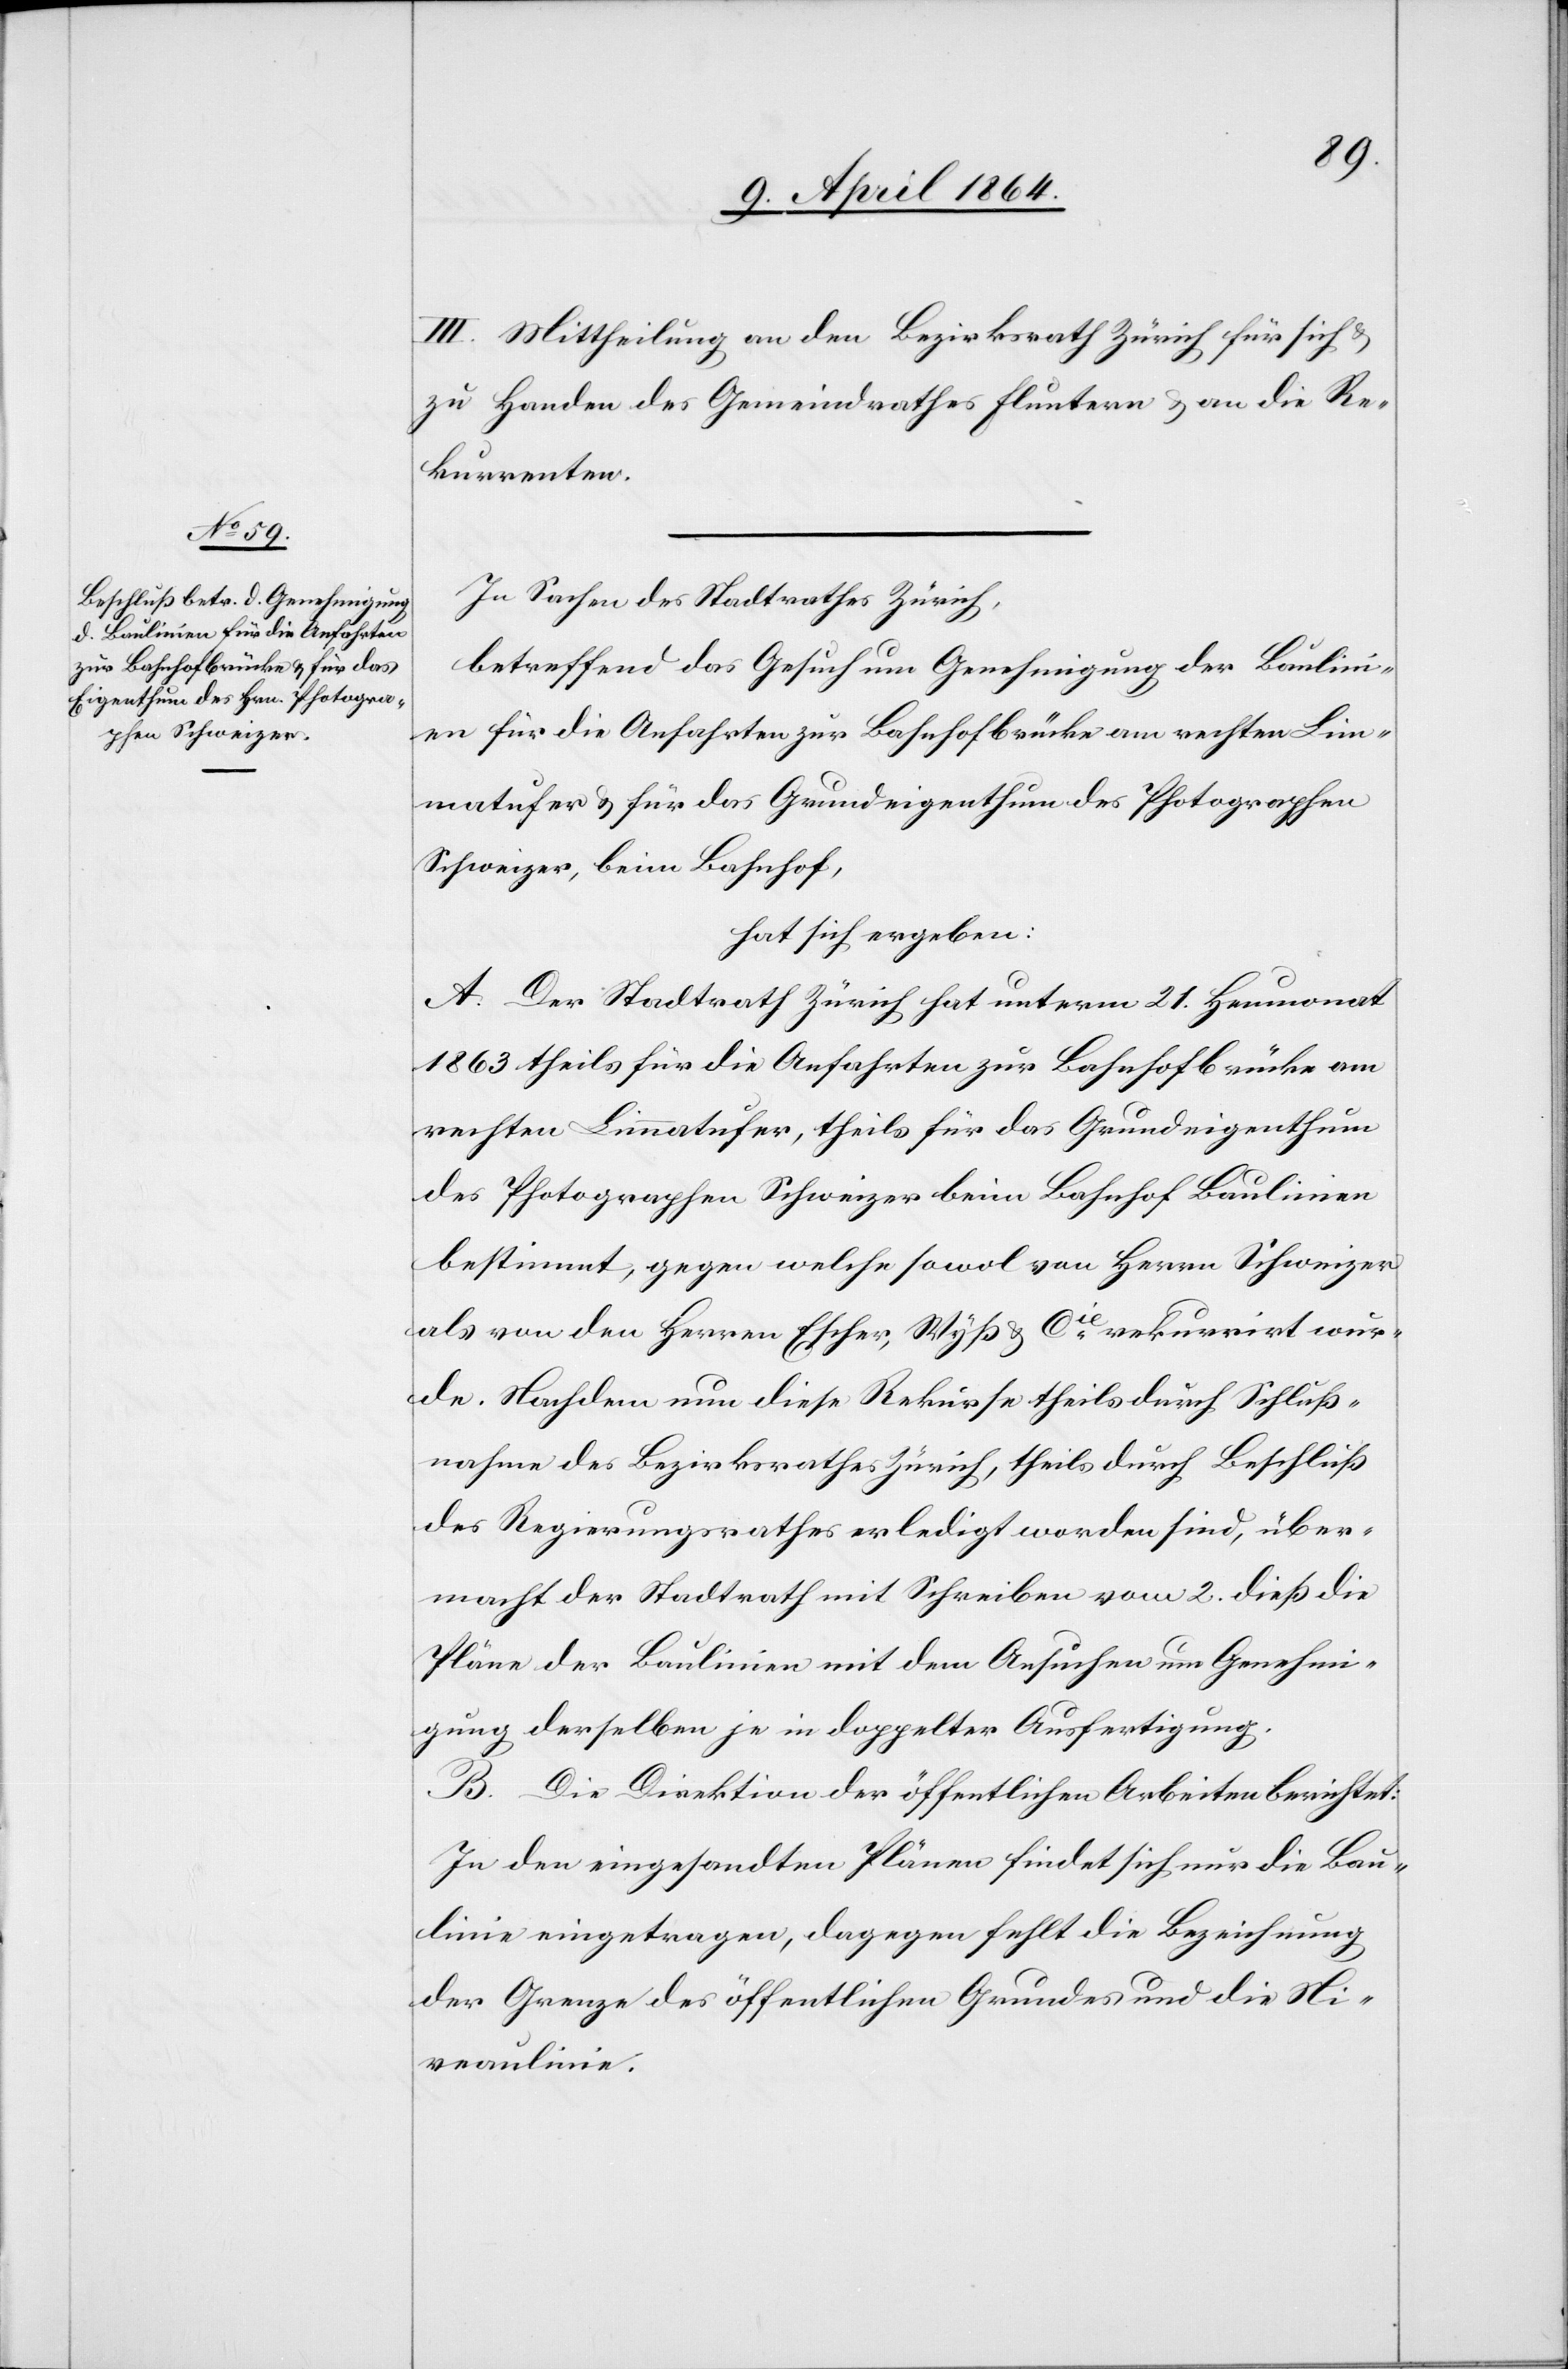
III. Mittheilung an den Bezirksrath Zürich für sich u.
zu Handen des Gemeindrathes Fluntern u. an die Re¬
kurrenten.
In Sachen des Stadtrathes Zürich,
betreffend das Gesuch um Genehmigung der Baulini¬
en für die Anfahrten zur Bahnhofbrücke am rechten Lim¬
matufer u. für das Grundeigenthum des Photographen
Schweizer, beim Bahnhof,
hat sich ergeben:
A. Der Stadtrath Zürich hat unterm 21. Heumonat
1863 theils für die Anfahrten zur Bahnhofbrücke am
rechten Limmatufer, theils für das Grundeigenthum
des Photographen Schweizer beim Bahnhof Baulinien
bestimmt, gegen welche sowol von Herrn Schweizer
als von den Herren Escher, Wyß u. Cie rekurrirt wur¬
de. Nachdem nun diese Rekurse theils durch Schluß¬
nahme des Bezirksrathes Zürich, theils durch Beschluß
des Regierungsrathes erledigt worden sind, über¬
macht der Stadtrath mit Schreiben vom 2. dieß die
Pläne der Baulinien mit dem Ansuchen um Genehmi¬
gung derselben je in doppelter Ausfertigung.
B. Die Direktion der öffentlichen Arbeiten berichtet:
In den eingesandten Plänen findet sich nur die Bau¬
linie eingetragen, dagegen fehlt die Bezeichnung
der Grenze des öffentlichen Grundes und die Ni¬
veaulinie.